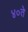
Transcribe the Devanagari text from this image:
४०ते